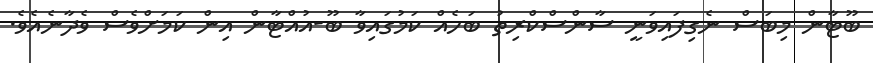
ބޫޓާން މިބަސް ނެގިފައިވަނީ ސާންސްކްރިތު ބަހެއް ކަމުގައިވާ ބޫ-އުއްޓާން އިން ކަމަށްވެސް ވެދާނެއެވެ.